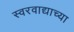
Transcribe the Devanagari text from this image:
स्वरवाद्याच्या